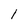
Character: l